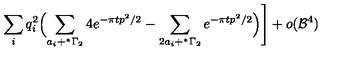
\sum _ { i } q _ { i } ^ { 2 } \Bigl ( \sum _ { a _ { i } + ^ { * } \Gamma _ { 2 } } 4 e ^ { - { \pi t } p ^ { 2 } / 2 } - \sum _ { 2 a _ { i } + ^ { * } \Gamma _ { 2 } } e ^ { - { \pi t } p ^ { 2 } / 2 } \Bigr ) \Biggr ] + o ( { \cal B } ^ { 4 } )